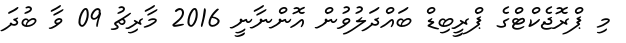
މި ޕްރޮޖެކްޓްގެ ޕްރީބިޑް ބައްދަލުވުން އޮންނާނީ 2016 މާރިޗު 09 ވާ ބުދަ